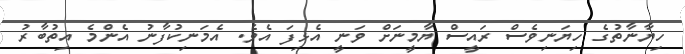
ހިޔާނާތުގެ ހިޔަނިވެސް ރައީސް ޔާމީނަށް ވަނީ އެޅިފަ އެވެ. އެމަނިކުފާނު އެންމެ އިތުބާރު